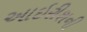
આઇરીશની